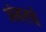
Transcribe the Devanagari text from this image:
अंबरचे